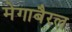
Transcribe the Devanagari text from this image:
मेगाबैरल